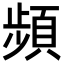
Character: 頻